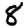
Digit: 8